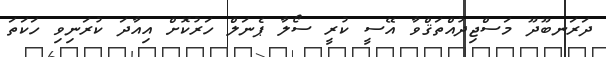
ދަރަނބޫދޫ މަސްޖިދުއްތަޤްވާ އޭސީ ކުރީ ސޯލާ ޕެނަލް ހަރުކޮށް އިއާދަ ކުރަނިވި ހަކަތަ